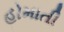
હોમાતી